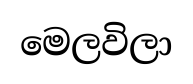
මෙලවිලා